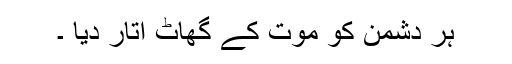
ہر دشمن کو موت کے گھاٹ اتار دیا ۔